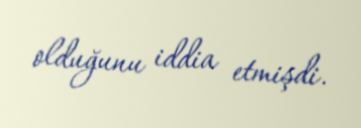
olduğunu iddia etmişdi.